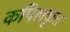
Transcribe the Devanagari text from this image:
कपिलकृत